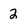
Character: 2